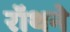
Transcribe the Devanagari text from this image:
रॉथने